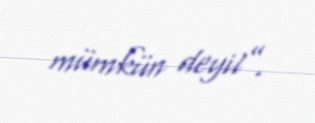
mümkün deyil”.